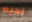
لديه